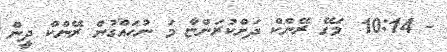
- 10:14  މަގޭ ރޭންކް ދަށްކުރަންޏާ މަ ނުހައްގުން ރޭންކް ދީން